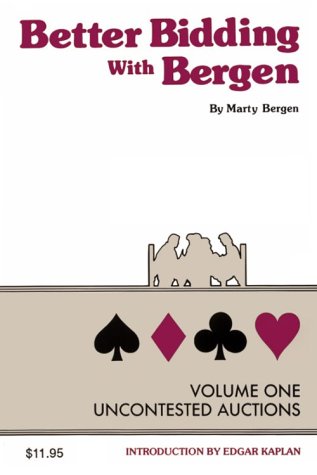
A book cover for Better Bidding With Bergen Vol I,  Uncontested Auctions; Marty Bergen; Humor & Entertainment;